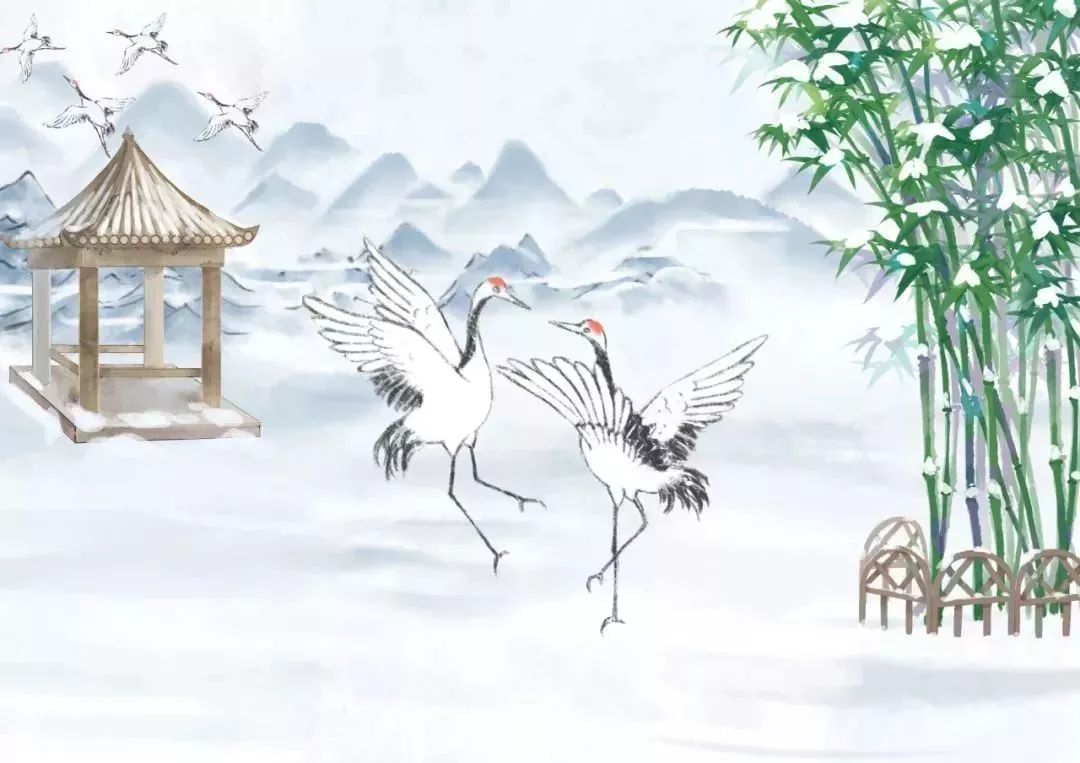
况复烦促倦，激烈思时康。